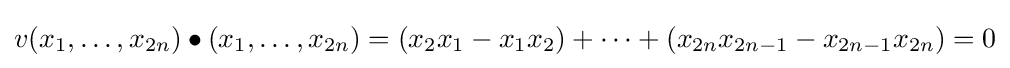
v(x_{1},\dots ,x_{2n})\bullet (x_{1},\dots ,x_{2n})=(x_{2}x_{1}-x_{1}x_{2})+\cdots +(x_{2n}x_{2n-1}-x_{2n-1}x_{2n})=0